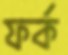
ফর্ক